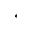
^ *